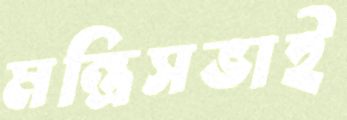
মন্ত্রিসভাই